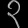
Digit: ၃